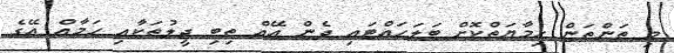
މި ތަންތަން ހިމާޔަތްކޮށް ބަލަހައްޓައި ދެން އޭއް ތިބި ޖީލުތަކާއި ހަމާއް އޭގެ